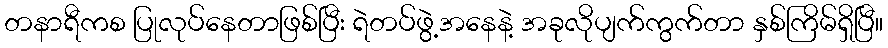
တနာရီကစ ပြုလုပ်နေတာဖြစ်ပြီး ရဲတပ်ဖွဲ့အနေနဲ့ အခုလိုပျက်ကွက်တာ နှစ်ကြိမ်ရှိပြီ။